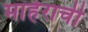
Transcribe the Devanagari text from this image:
माहेराची